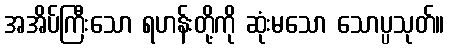
အအိပ်ကြီးသော ရဟန်းတို့ကို ဆုံးမသော သောပ္ပသုတ်။